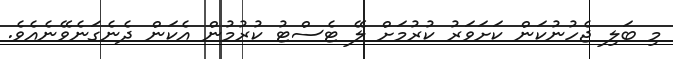
މި ބަލި ޖެހުނުކަން ކަށަވަރު ކުރުމަށް ލޭ ޓެސްޓު ކުރުމުން އެކަން ދެނެގަނެވޭނެއެވެ.